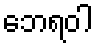
ဘေရဝါ